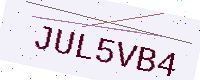
Text: JUL5VB4